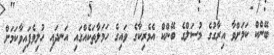
ބޭންކް ކަމަށްވާ އިރާގުގެ މުސަލްގެ ބޭންކް އެމެރިކާގެ ވައިގެ ހަމަލާތަކެއްގައި އަނދައި ހުލިވެފައިވާކަމަށް